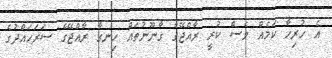
އެ ހުރިހާ ކަމެއް ވެސް ކުރީ ރާއްޖޭގެ ގާނޫނުތައް ހިނގާ ރާއްޖޭގެ ސަރަހައްދުގެ